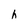
Character: h